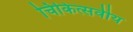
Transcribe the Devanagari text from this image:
चिकित्सवीय